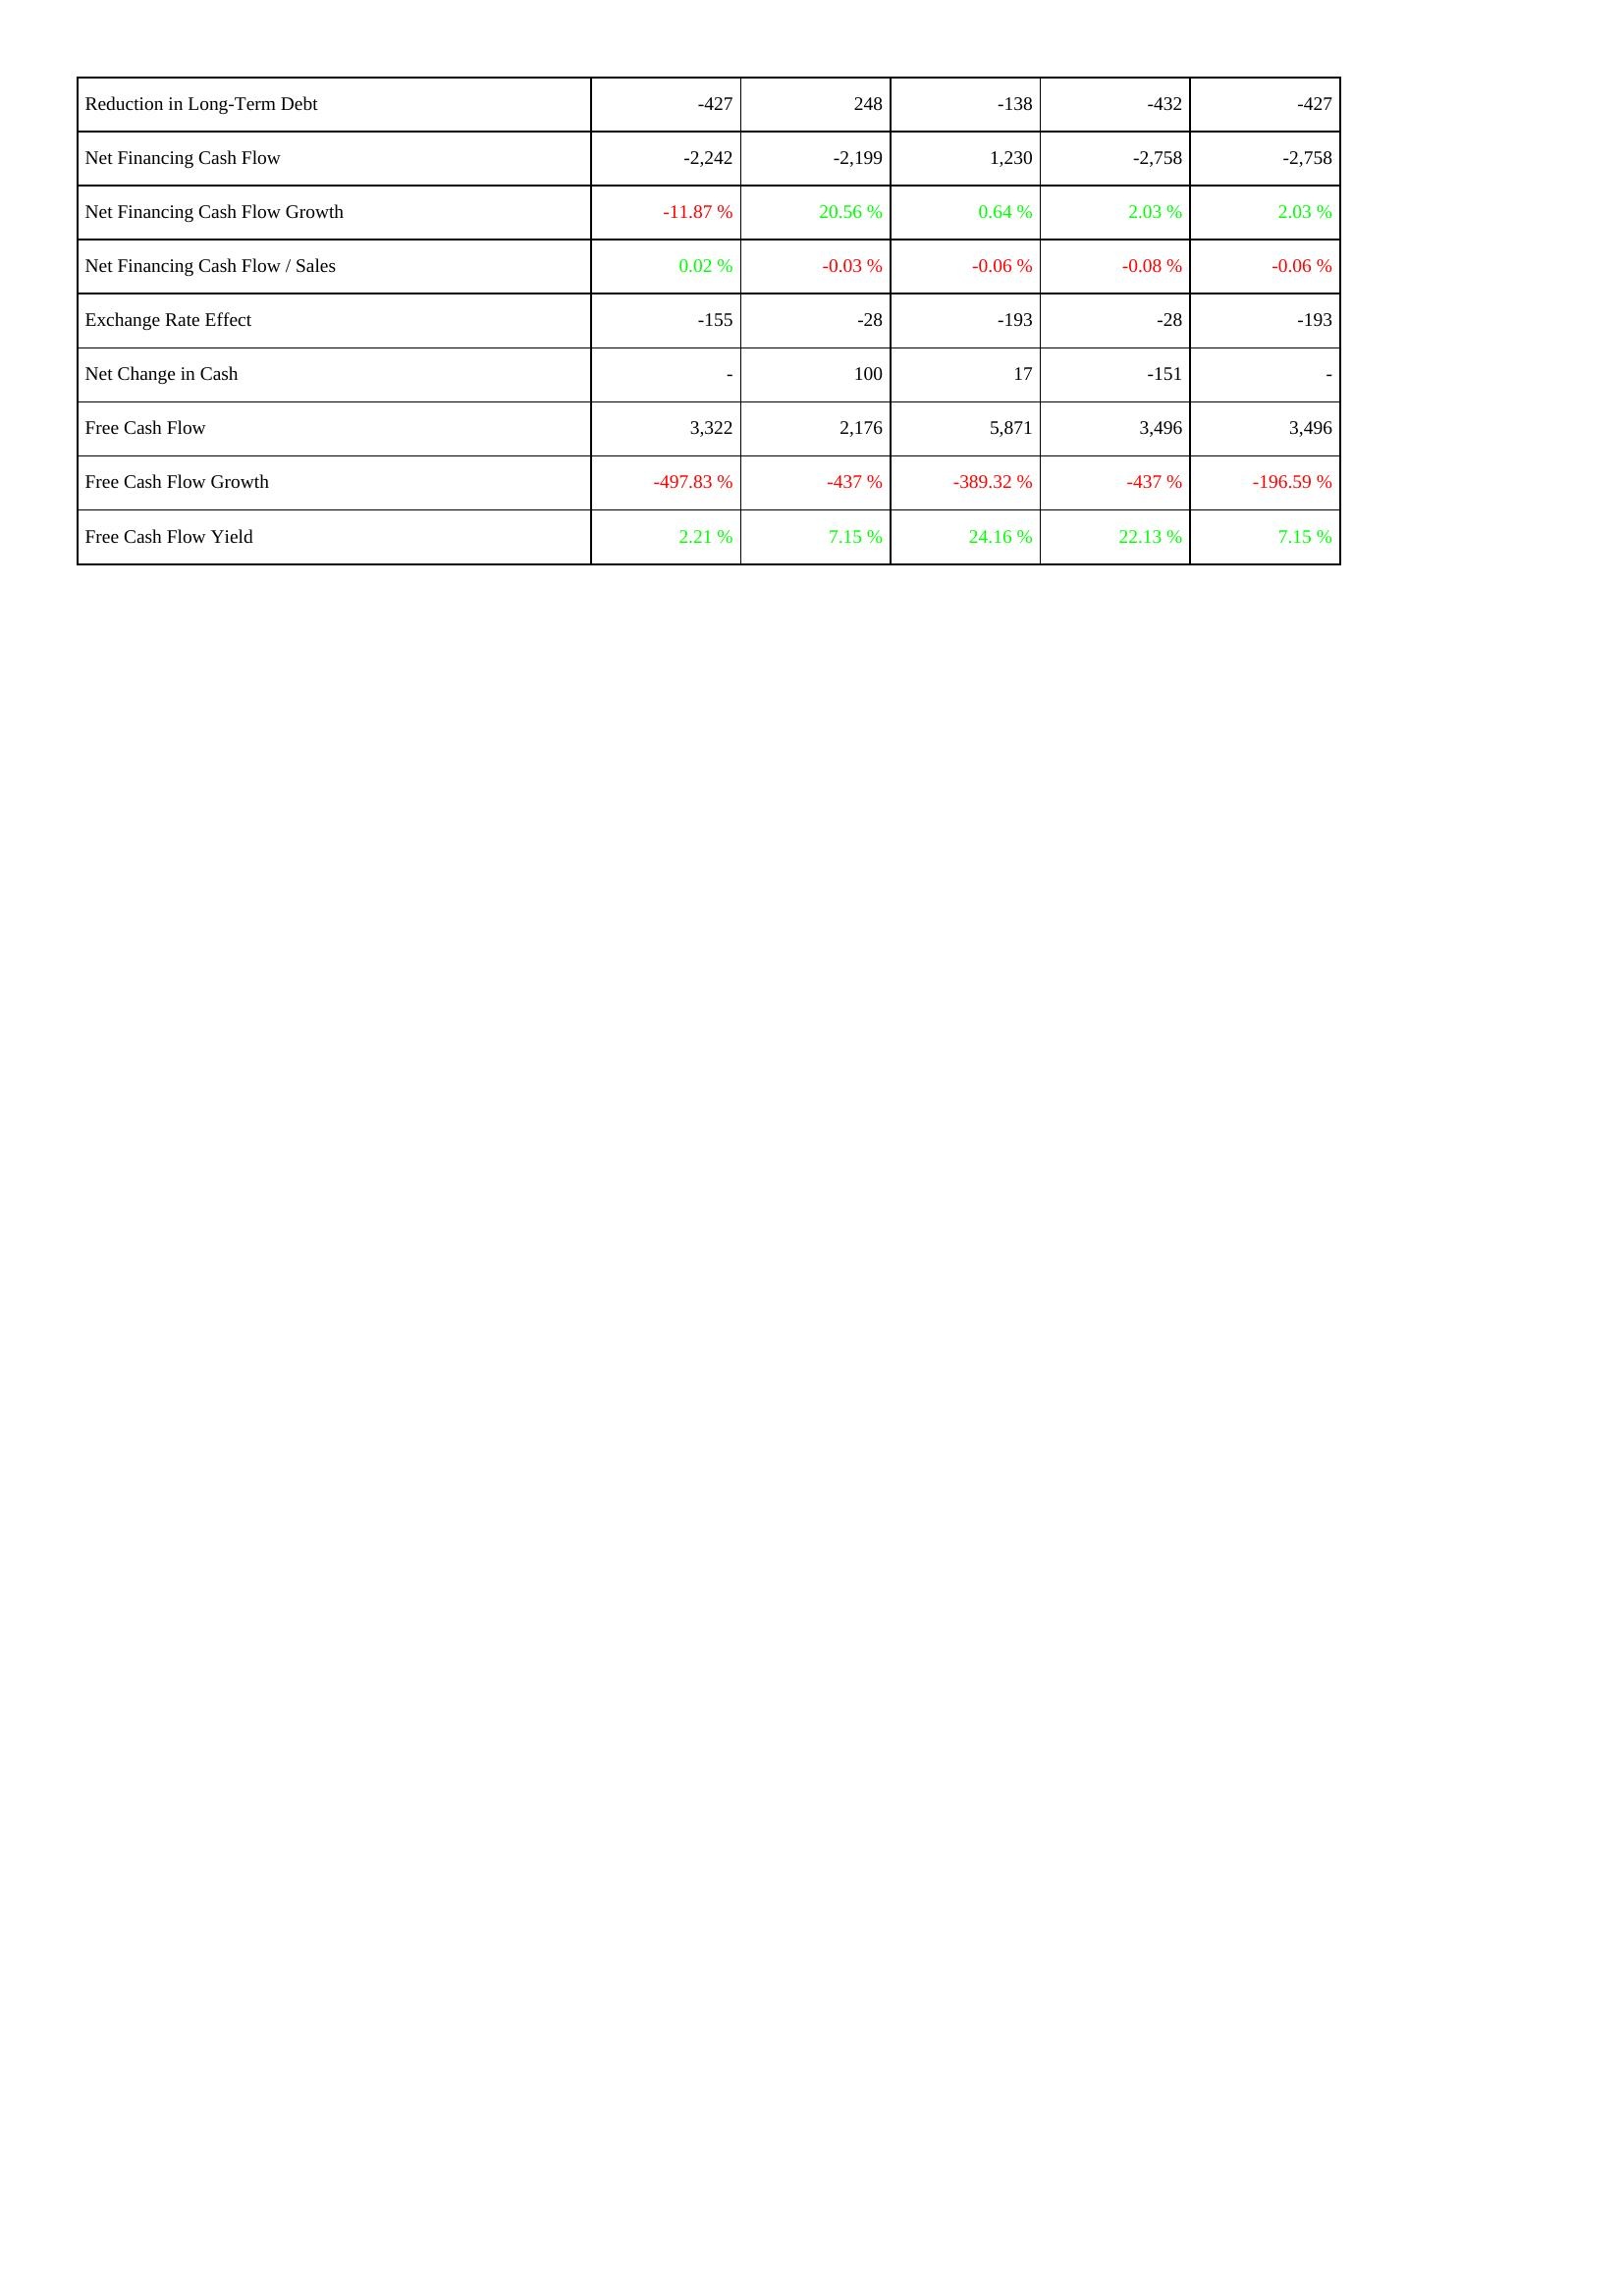
2016: Financing Activities: Reduction in Long-Term Debt: -427
Net Financing Cash Flow: -2,242
Net Financing Cash Flow Growth: -11.87 %
Net Financing Cash Flow / Sales: 0.02 %
Exchange Rate Effect: -155
Net Change in Cash: -
Free Cash Flow: 3,322
Free Cash Flow Growth: -497.83 %
Free Cash Flow Yield: 2.21 %
2017: Financing Activities: Reduction in Long-Term Debt: 248
Net Financing Cash Flow: -2,199
Net Financing Cash Flow Growth: 20.56 %
Net Financing Cash Flow / Sales: -0.03 %
Exchange Rate Effect: -28
Net Change in Cash: 100
Free Cash Flow: 2,176
Free Cash Flow Growth: -437 %
Free Cash Flow Yield: 7.15 %
2018: Financing Activities: Reduction in Long-Term Debt: -138
Net Financing Cash Flow: 1,230
Net Financing Cash Flow Growth: 0.64 %
Net Financing Cash Flow / Sales: -0.06 %
Exchange Rate Effect: -193
Net Change in Cash: 17
Free Cash Flow: 5,871
Free Cash Flow Growth: -389.32 %
Free Cash Flow Yield: 24.16 %
2019: Financing Activities: Reduction in Long-Term Debt: -432
Net Financing Cash Flow: -2,758
Net Financing Cash Flow Growth: 2.03 %
Net Financing Cash Flow / Sales: -0.08 %
Exchange Rate Effect: -28
Net Change in Cash: -151
Free Cash Flow: 3,496
Free Cash Flow Growth: -437 %
Free Cash Flow Yield: 22.13 %
2020: Financing Activities: Reduction in Long-Term Debt: -427
Net Financing Cash Flow: -2,758
Net Financing Cash Flow Growth: 2.03 %
Net Financing Cash Flow / Sales: -0.06 %
Exchange Rate Effect: -193
Net Change in Cash: -
Free Cash Flow: 3,496
Free Cash Flow Growth: -196.59 %
Free Cash Flow Yield: 7.15 %